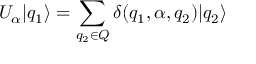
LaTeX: U _ { \alpha } | q _ { 1 } \rangle = \sum _ { q _ { 2 } \in Q } \delta ( q _ { 1 } , \alpha , q _ { 2 } ) | q _ { 2 } \rangle